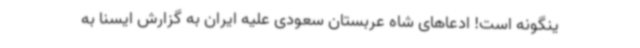
ینگونه است! ادعاهای شاه عربستان سعودی علیه ایران به گزارش ایسنا به